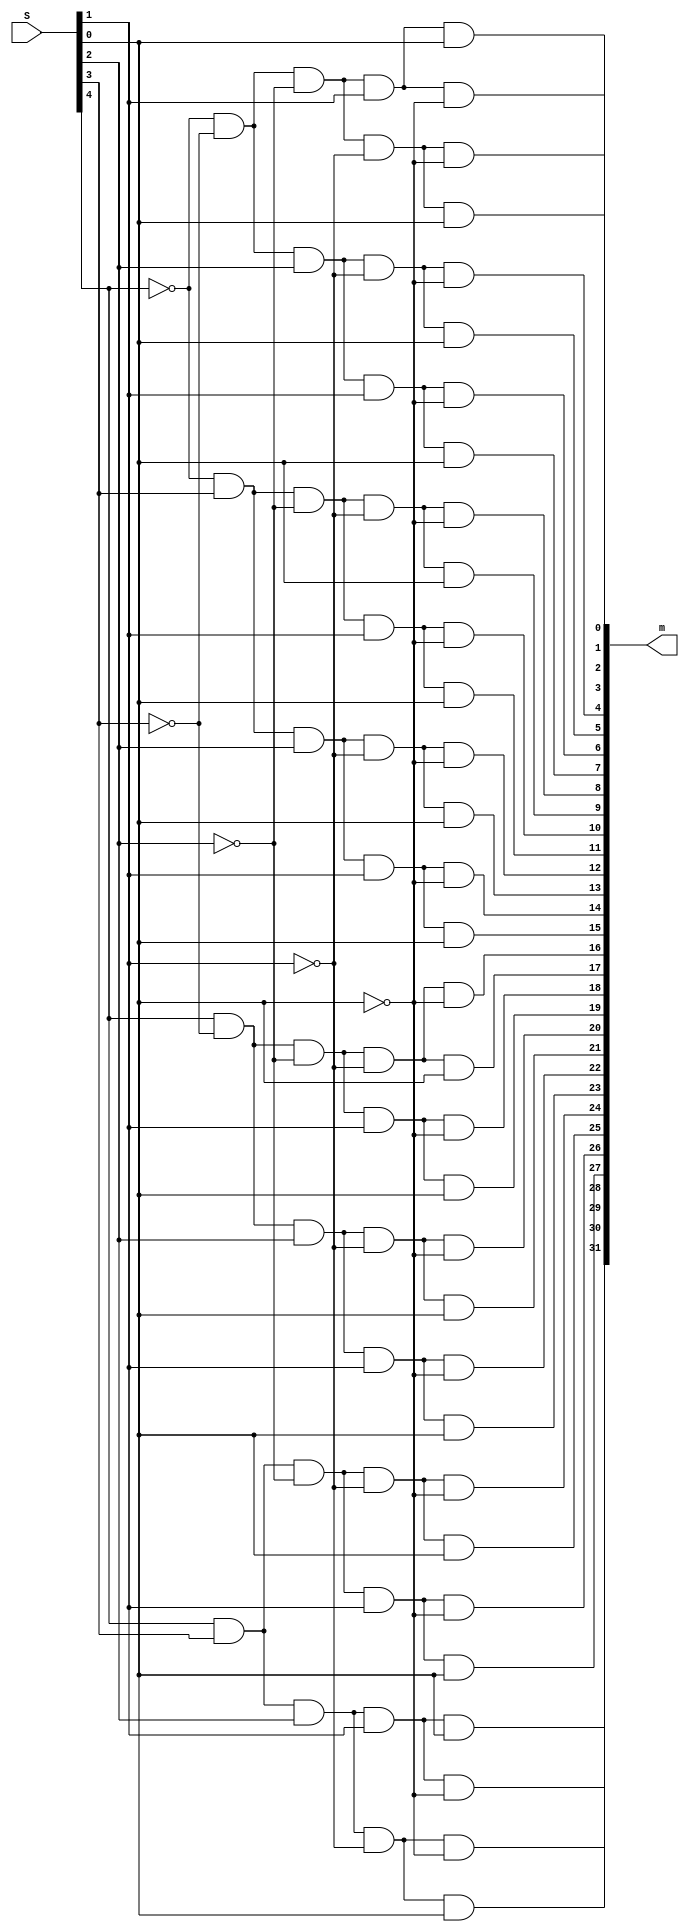
module Decoder5to32(S, m);
	input[4:0]S; // select
	output[31:0]m; // minterm outputs
	
	// m0 = S4'S3'S2'S1'S0'
	
	assign m[0] = ~S[4] & ~S[3] & ~S[2] & ~S[1] & ~S[0];
	assign m[1] = ~S[4] & ~S[3] & ~S[2] & ~S[1] & S[0];
	assign m[2] = ~S[4] & ~S[3] & ~S[2] & S[1] & ~S[0];
	assign m[3] = ~S[4] & ~S[3] & ~S[2] & S[1] & S[0];
	assign m[4] = ~S[4] & ~S[3] & S[2] & ~S[1] & ~S[0];
	assign m[5] = ~S[4] & ~S[3] & S[2] & ~S[1] & S[0];
	assign m[6] = ~S[4] & ~S[3] & S[2] & S[1] & ~S[0];
	assign m[7] = ~S[4] & ~S[3] & S[2] & S[1] & S[0];
	assign m[8] = ~S[4] & S[3] & ~S[2] & ~S[1] & ~S[0];
	assign m[9] = ~S[4] & S[3] & ~S[2] & ~S[1] & S[0];
	assign m[10] = ~S[4] & S[3] & ~S[2] & S[1] & ~S[0];
	assign m[11] = ~S[4] & S[3] & ~S[2] & S[1] & S[0];
	assign m[12] = ~S[4] & S[3] & S[2] & ~S[1] & ~S[0];
	assign m[13] = ~S[4] & S[3] & S[2] & ~S[1] & S[0];
	assign m[14] = ~S[4] & S[3] & S[2] & S[1] & ~S[0];
	assign m[15] = ~S[4] & S[3] & S[2] & S[1] & S[0];
	assign m[16] = S[4] & ~S[3] & ~S[2] & ~S[1] & ~S[0];
	assign m[17] = S[4] & ~S[3] & ~S[2] & ~S[1] & S[0];
	assign m[18] = S[4] & ~S[3] & ~S[2] & S[1] & ~S[0];
	assign m[19] = S[4] & ~S[3] & ~S[2] & S[1] & S[0];
	assign m[20] = S[4] & ~S[3] & S[2] & ~S[1] & ~S[0];
	assign m[21] = S[4] & ~S[3] & S[2] & ~S[1] & S[0];
	assign m[22] = S[4] & ~S[3] & S[2] & S[1] & ~S[0];
	assign m[23] = S[4] & ~S[3] & S[2] & S[1] & S[0];
	assign m[24] = S[4] & S[3] & ~S[2] & ~S[1] & ~S[0];
	assign m[25] = S[4] & S[3] & ~S[2] & ~S[1] & S[0];
	assign m[26] = S[4] & S[3] & ~S[2] & S[1] & ~S[0];
	assign m[27] = S[4] & S[3] & ~S[2] & S[1] & S[0];
	assign m[28] = S[4] & S[3] & S[2] & ~S[1] & ~S[0];
	assign m[29] = S[4] & S[3] & S[2] & ~S[1] & S[0];
	assign m[30] = S[4] & S[3] & S[2] & S[1] & ~S[0];
	assign m[31] = S[4] & S[3] & S[2] & S[1] & S[0];
	
endmodule